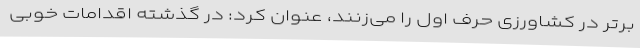
برتر در کشاورزی حرف اول را می‌زنند، عنوان کرد: در گذشته اقدامات خوبی